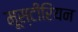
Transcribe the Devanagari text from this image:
मूस्टीरियन